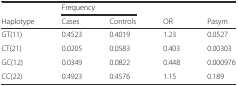
<table><thead><tr><td></td><td colspan="2"><b>Frequency</b></td><td></td><td></td></tr><tr><td><b>Haplotype</b></td><td><b>Cases</b></td><td><b>Controls</b></td><td><b>OR</b></td><td><b>Pasym</b></td></tr></thead><tbody><tr><td>GT(11)</td><td>0.4523</td><td>0.4019</td><td>1.23</td><td>0.0527</td></tr><tr><td>CT(21)</td><td>0.0205</td><td>0.0583</td><td>0.403</td><td>0.00303</td></tr><tr><td>GC(12)</td><td>0.0349</td><td>0.0822</td><td>0.448</td><td>0.000976</td></tr><tr><td>CC(22)</td><td>0.4923</td><td>0.4576</td><td>1.15</td><td>0.189</td></tr></tbody></table>